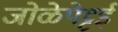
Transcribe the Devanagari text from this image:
जोळेपेट्टई